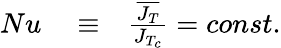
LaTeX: \begin{array}{rlr}{Nu}&{{}\equiv}&{\frac{\overline{{J_{T}}}}{J_{T_{c}}}=const.}\end{array}